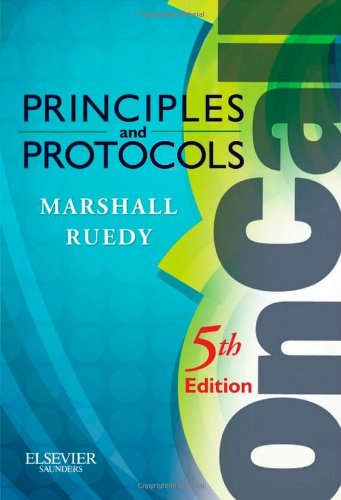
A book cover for On Call Principles and Protocols, 5e; Shane A. Marshall MD  FRCPC; Medical Books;